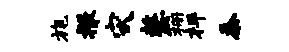
旄撒灾嫠栅枰忝